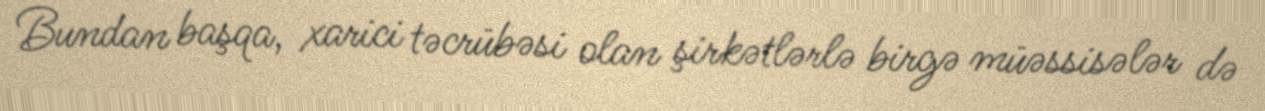
Bundan başqa, xarici təcrübəsi olan şirkətlərlə birgə müəssisələr də